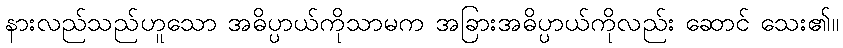
နားလည်သည်ဟူသော အဓိပ္ပာယ်ကိုသာမက အခြားအဓိပ္ပာယ်ကိုလည်း ဆောင် သေး၏။